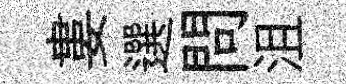
婁選問沮